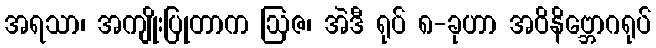
အရသာ၊ အကျိုးပြုတာက ဩဇ၊ အဲဒီ ရုပ် ၈-ခုဟာ အဝိနိဗ္ဘောဂရုပ်